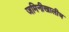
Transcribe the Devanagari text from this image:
जमिनीखालीच